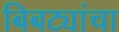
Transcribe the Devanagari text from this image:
बिबट्यांचा